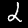
Digit: 2